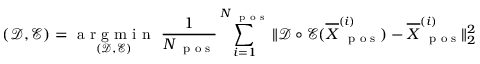
( \mathcal D , \mathcal E ) = \underset { ( \mathcal D , \mathcal E ) } { \mathrm { ~ a ~ r ~ g ~ m ~ i ~ n ~ } } ~ \frac { 1 } { N _ { \mathrm { ~ \scriptsize ~ p ~ o ~ s ~ } } } \sum _ { i = 1 } ^ { N _ { \mathrm { ~ \scriptsize ~ p ~ o ~ s ~ } } } \| \mathcal D \circ \mathcal E ( \overline { { \boldsymbol X } } _ { \mathrm { ~ \scriptsize ~ p ~ o ~ s ~ } } ^ { ( i ) } ) - \overline { { \boldsymbol X } } _ { \mathrm { ~ \scriptsize ~ p ~ o ~ s ~ } } ^ { ( i ) } \| _ { 2 } ^ { 2 }